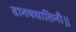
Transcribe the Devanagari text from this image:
दानवघातिनी॥